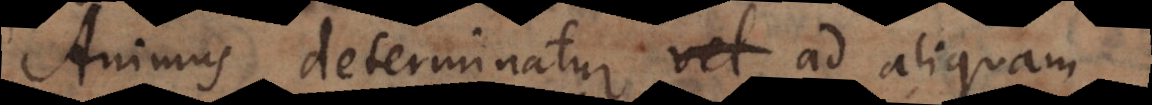
Animus determinatur ad aliquam